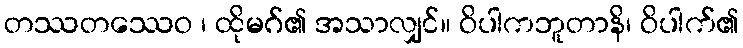
တဿတဿေဝ ၊ ထိုမဂ်၏ အသာလျှင်။ ဝိပါကဘူတာနိ၊ ဝိပါက်၏